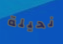
نحيلة